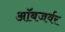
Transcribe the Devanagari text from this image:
ऑबजर्वर